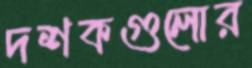
দশকগুলোর